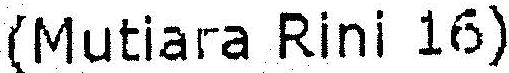
(MUTIARA RINI 16)